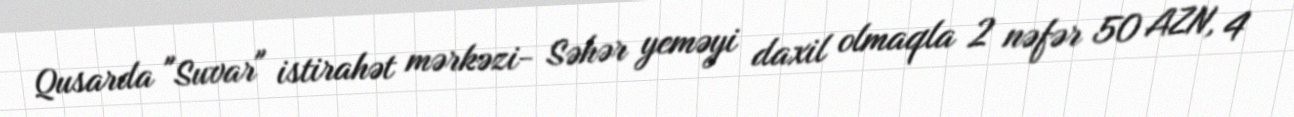
Qusarda "Suvar" istirahət mərkəzi- Səhər yeməyi daxil olmaqla 2 nəfər 50 AZN, 4